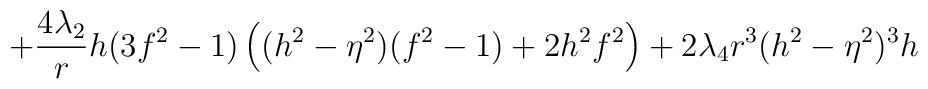
+\frac{4\lambda_2}{r} h(3f^2 -1)\left( (h^2 -\eta^2)(f^2 -1) +2h^2 f^2 \right) +2\lambda_4 r^3 (h^2 -\eta^2)^3 h